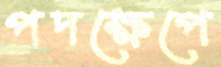
পদক্ষেপে